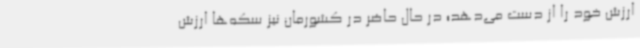
ارزش خود را از دست می‌دهد؛ در حال حاضر در کشورمان نیز سکه‌ها ارزش